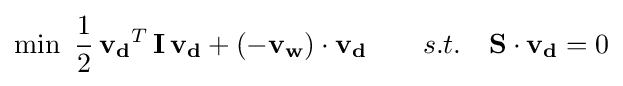
\min \ {\frac {1}{2}}\,{\mathbf {v_{d}} }^{T}\,\mathbf {I} \,\mathbf {v_{d}} +(\mathbf {-v_{w}} )\cdot \mathbf {v_{d}} \qquad s.t.\quad \mathbf {S} \cdot \mathbf {v_{d}} =0